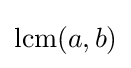
\operatorname {lcm} (a,b)